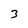
Character: 3